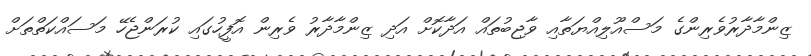
ޒިންމާދާރުވެރިންގެ މަސްއޫލިއްޔަތާއި ވާޖިބުތައް އަދާކޮށް އަދި ޒިންމާދާރު ވެރިން އޮފީހުގައި ކުރަންޖެހޭ މަސައްކަތްތަށް